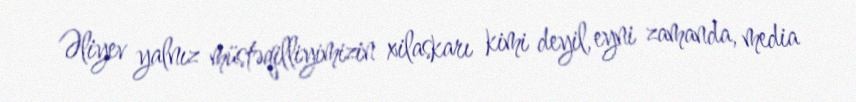
Əliyev yalnız müstəqilliyimizin xilaskarı kimi deyil, eyni zamanda, media